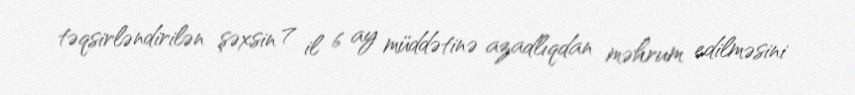
təqsirləndirilən şəxsin 7 il 6 ay müddətinə azadlıqdan məhrum edilməsini